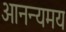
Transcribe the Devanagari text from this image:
आनन्यमय